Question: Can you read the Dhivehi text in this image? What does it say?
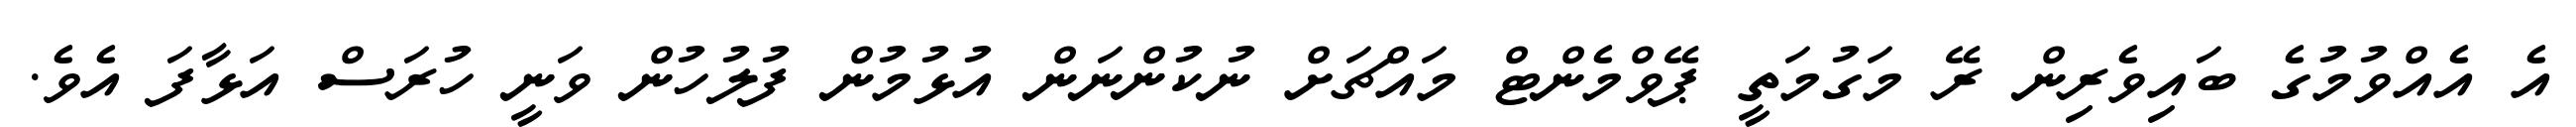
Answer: އެ އެއްވުމުގެ ބައިވެރިން ރޭ މަގުމަތީ ޕޭވްމެންޓް މައްޗަށް ނުކުންނަން އުޅުމުން ފުލުހުން ވަނީ ހުރަސް އަޅާފަ އެވެ.